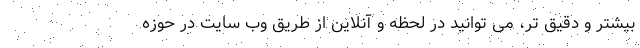
بیشتر و دقیق تر، می‌ توانید در لحظه و آنلاین از طریق وب‌ سایت در حوزه